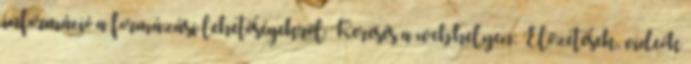
információ a formázási lehetőségekről Keresés a webhelyen: Előzetesek, videók